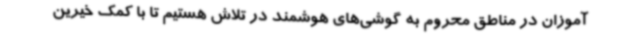
آموزان در مناطق محروم به گوشی‌های هوشمند در تلاش هستیم تا با کمک خیرین